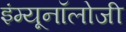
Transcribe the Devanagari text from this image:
इंम्यूनॉलोजी